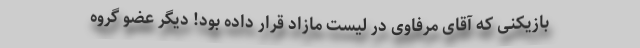
بازیکنی که آقای مرفاوی در لیست مازاد قرار داده بود! دیگر عضو گروه